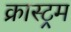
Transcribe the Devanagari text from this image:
क्रास्ट्रम